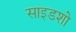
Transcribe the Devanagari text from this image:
साइडशो